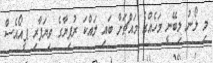
މި ލޯނު ލިބޭނީ މަހެއްގެ މައްޗަށް ބައި ލައްކަ ރުފިޔާގެ ވިޔަފާރި ޕީއޯއެސް